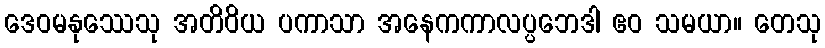
ဒေဝမနုဿေသု အတိဝိယ ပကာသာ အနေကကာလပ္ပဘေဒါ ဧဝ သမယာ။ တေသု